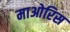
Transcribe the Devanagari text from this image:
माओरिस